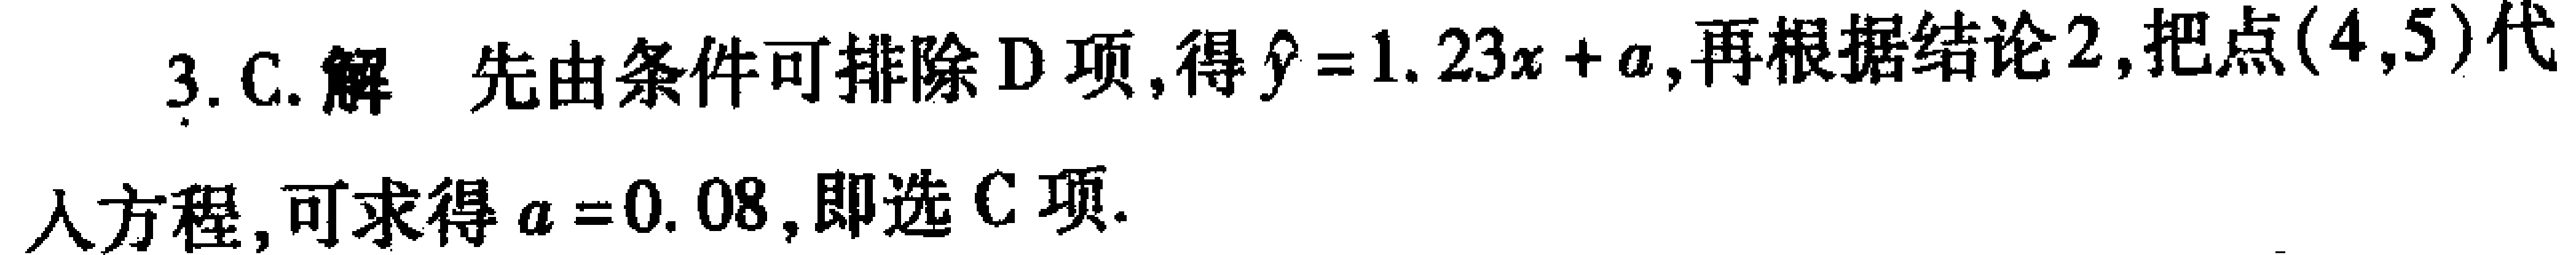
3. C. 解 先由条件可排除 D 项, 得$\hat{y}=1.23x + a$, 再根据结论 2, 把点$(4,5)$代

入方程, 可求得$a = 0.08$, 即选 C 项.